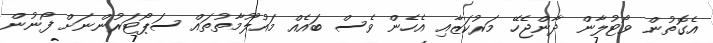
އެގޮތުން ވޯޓުލާން ދާންޖެހޭ މަރުކަޒާއި އެހެން ވެސް ބައެއް މައުލޫމާތުތައް ސަޕޯޓަރުންނަށް ފޯނުން